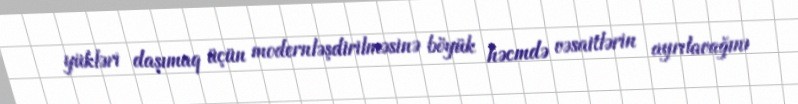
yükləri daşımaq üçün modernləşdirilməsinə böyük həcmdə vəsaitlərin ayrılavağını